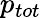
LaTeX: p_{tot}